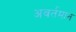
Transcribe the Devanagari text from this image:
अवर्तमान